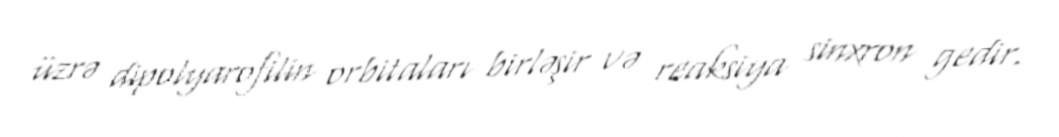
üzrə dipolyarofilin orbitaları birləşir və reaksiya sinxron gedir.